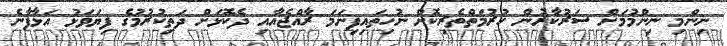
ނިންމި ނިންމުމަށް ސަރުކާރުން ހުރުމަތްތެރިކޮށް ނުހިތައިފިނަމަ ރާއްޖެއާއި ދެކޮޅަށް ދަތިކުރުމުގެ ފިޔަވަޅު އަޅާފާނެ